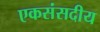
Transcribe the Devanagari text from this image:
एकसंसदीय